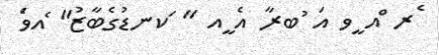
ެރ ްއ ީވ އަ ުބރާ އެ ީއ " ަކނޑުގެބާޒު" ެއވެަ